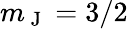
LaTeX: m_{\mathrm{~J~}}=3/2